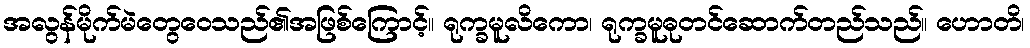
အလွန်မိုက်မဲတွေဝေသည်၏အဖြစ်ကြောင့်။ ရုက္ခမူလိကော၊ ရုက္ခမူဓုတင်ဆောက်တည်သည်။ ဟောတိ၊